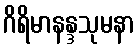
ဂိရိမာနန္ဒသုမနာ